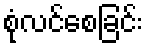
စုံလင်စေခြင်း